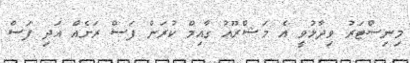
މިނިސްޓަރު ވިދާޅުވީ އެ މަޝްރޫއު ގާއިމް ކުރަން ފަސް ރަށެއް އަދި ފަސް